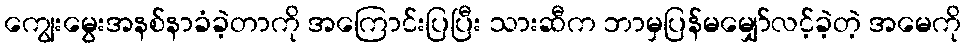
ကျွေးမွေးအနစ်နာခံခဲ့တာကို အကြောင်းပြပြီး သားဆီက ဘာမှပြန်မမျှော်လင့်ခဲ့တဲ့ အမေကို